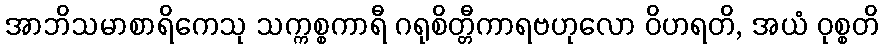
အာဘိသမာစာရိကေသု သက္ကစ္စကာရီ ဂရုစိတ္တီကာရဗဟုလော ဝိဟရတိ, အယံ ဝုစ္စတိ